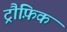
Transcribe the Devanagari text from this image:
ट्रौफ़िक